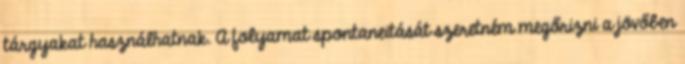
tárgyakat használhatnak. A folyamat spontaneitását szeretném megőrizni a jövőben